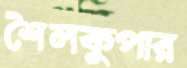
শৈলকুপার